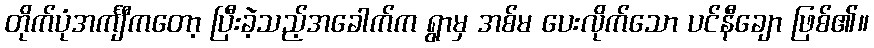
တိုက်ပုံအင်္ကျီကတော့ ပြီးခဲ့သည့်အခေါက်က ရွာမှ အစ်မ ပေးလိုက်သော ပင်နီချော ဖြစ်၏။